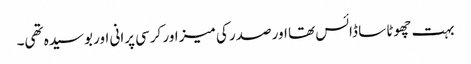
بہت چھوٹا سا ڈائس تھا اور صدر کی میز اور کرسی پرانی اور بوسیدہ تھی۔